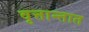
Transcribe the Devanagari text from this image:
वृत्तान्तात